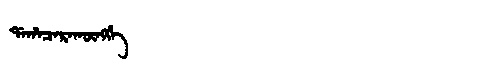
Manchu: ᡩᠠᡥᠠᠴᠠᡵᠠᡴᡡᠩᡤᡝ
Romanization: DAHACARAKŪNGGE